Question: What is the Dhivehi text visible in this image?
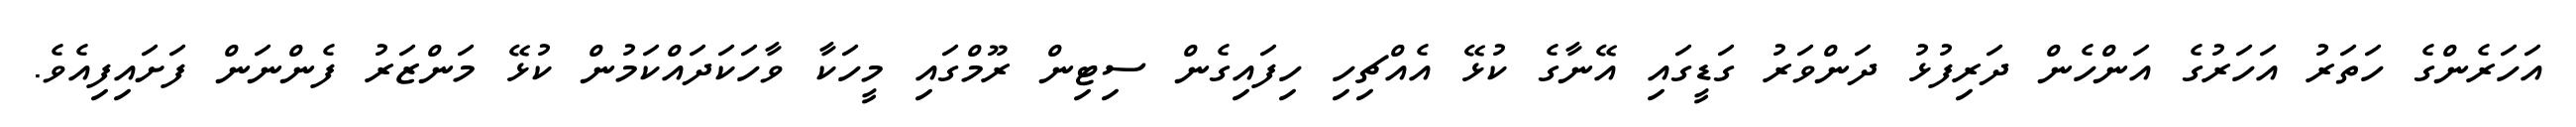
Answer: އަހަރެންގެ ހަތަރު އަހަރުގެ އަންހެން ދަރިފުޅު ދަންވަރު ގަޑީގައި އޭނާގެ ކުޅޭ އެއްޗިހި ހިފައިގެން ސިޓިން ރޫމްގައި މީހަކާ ވާހަކަދައްކަމުން ކުޅޭ މަންޒަރު ފެންނަން ފަށައިފިއެވެ.